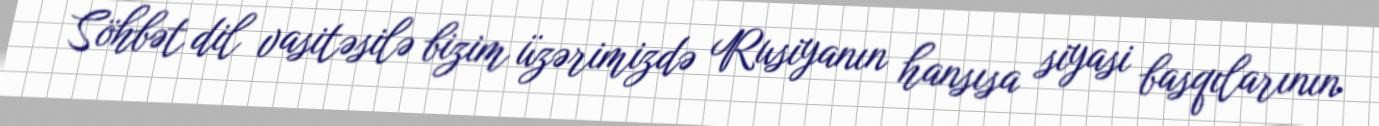
Söhbət dil vasitəsilə bizim üzərimizdə Rusiyanın hansısa siyasi basqılarının